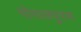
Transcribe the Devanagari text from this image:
गोपालपुरम